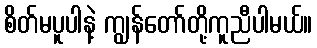
စိတ်မပူပါနဲ့ ကျွန်တော်တို့ကူညီပါမယ်။